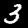
Label: 3